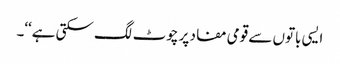
ایسی باتوں سے قومی مفاد پر چوٹ لگ سکتی ہے‘‘۔